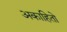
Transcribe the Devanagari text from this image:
अकाहितो